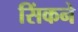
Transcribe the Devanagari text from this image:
सिंकने